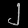
Digit: ၂